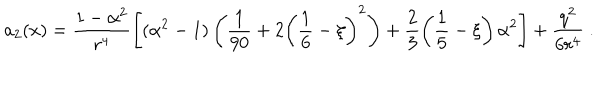
a _ { 2 } ( x ) = \frac { 1 - \alpha ^ { 2 } } { r ^ { 4 } } \left[ ( \alpha ^ { 2 } - 1 ) \left( \frac 1 { 9 0 } + 2 \left( \frac 1 6 - \xi \right) ^ { 2 } \right) + \frac 2 3 \left( \frac 1 5 - \xi \right) \alpha ^ { 2 } \right] + \frac { q ^ { 2 } } { 6 r ^ { 4 } } \ .